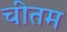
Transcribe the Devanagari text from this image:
चीतम